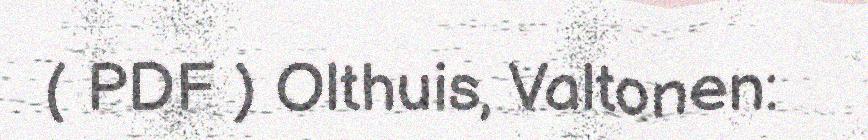
( PDF ) Olthuis, Valtonen: